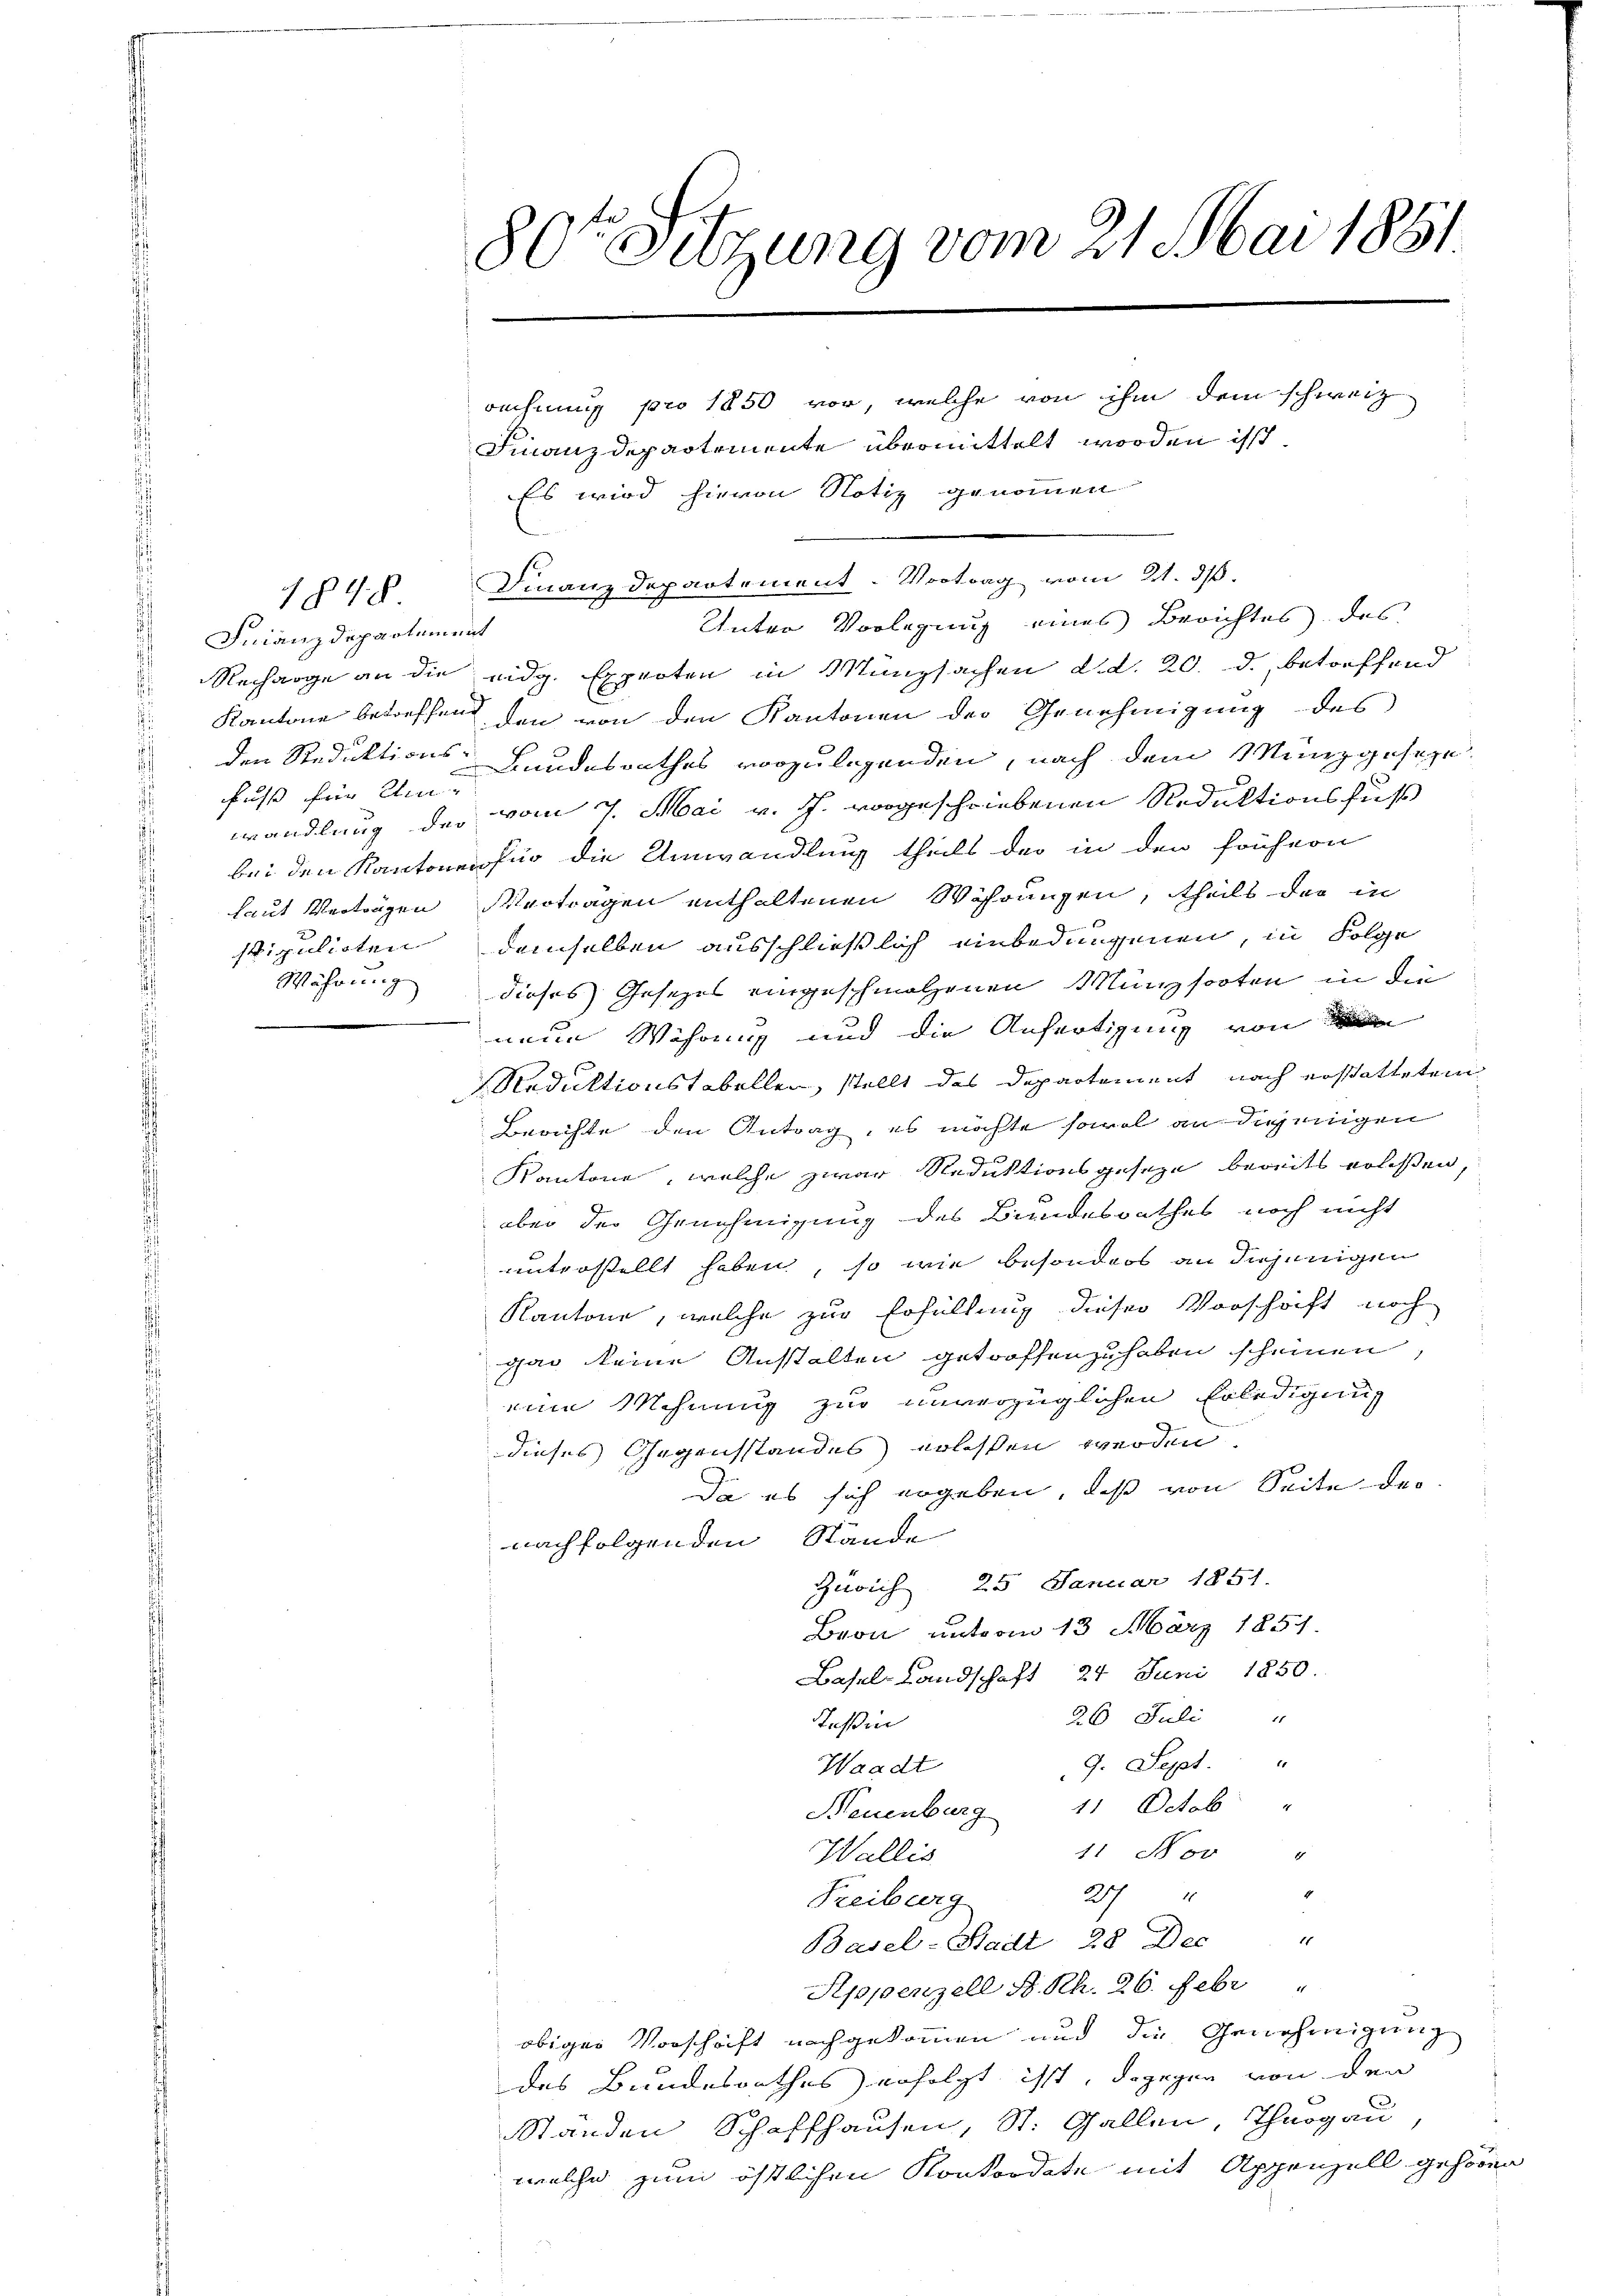
1848

Finanzdepartement
fuß für Um-
laut Verträgen
stipulirten
Währung

80te Sitzung vom 21. Mai 1881

rechnung pro 1850 vor, welche von ihm dem schweiz
Finanzdepartemente übermittelt worden isst.
Es wird hievon Notiz genommen
Finanzdepartement. Vortrag vom 21. ds.
Unter Vorlegung eines Berichtes. das
Recharge an die eidg. Experten in Münzsachen d.d. 20. d. betreffend
Kantone betreffend den von den Kantonen der Genehmigung des
den Reduktions Bundesrathes vorzulegenden, nach dem Münzgeseze
wandlung der vom 7. Mai v. J. vorgeschriebenen Reduktionsfuß
bei den Kantonen für die Umwandlung theils der in den frühern
Verträgen enthaltenen Währungen, theils der in
demselben ausschließlich einbedungenen, in Folge
dieses Gesezes eingeschmolzenen Münzsorten in die
neue Währung und die Anfertigung von d
Reduktionstabellen, stellt das Departement nach erstattetem
Berichte den Antrag, es möchte sowol an diejenigen
Kantone, welche zwar Reduktionsgeseze bereits erlesen,
aber der Genehmigung des Bundesrathes noch nicht
unterstellt haben, so wie besonders an diejenigen
Kantone, welche zur Erfüllung dieser Vorschrift noch
gar keine Anstalten getroffen zu haben scheinen
eine Wohnung zur unverzüglichen Erledigung
dieses Gegensstandes erlassen werden.
Da es sich ergeben, daß von Seite der
nachfolgenden Stände
Zürich 25 Januar 1851.
Bron, unterm 13. März 1857.
Basel-Landschaft 24 Juni 1850.
26 Juli "
Tessin
9. Sept.
Waadt
Neuenburg 11 Octob. "
11 Nov
Wallis
27
4
Treiburg
Basel-Stadt 28 Dec "
Sippenzell A. Rh. 26. Febr
obiger Vorschrift nachgekommen und die Genehmigung
des Bundesrathes erfolgt ist, dagegen von den
Standen Schaffhausen, St. Gallen, Thurgau
welche zum östlichen Konkordate mit Appenzell gehören